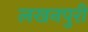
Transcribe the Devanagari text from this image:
लखनपुरी